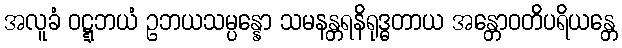
အလူခံ ဝဋ္ဋဘယံ ဥဘယသမ္ပန္နော သမနန္တရနိရုဒ္ဓတာယ အန္တောဝတိပရိယန္တေ